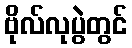
ဗိုလ်လုပွဲတွင်